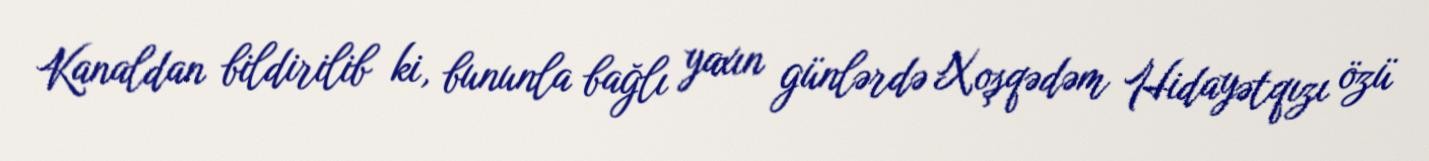
Kanaldan bildirilib ki, bununla bağlı yaxın günlərdə Xoşqədəm Hidayətqızı özü